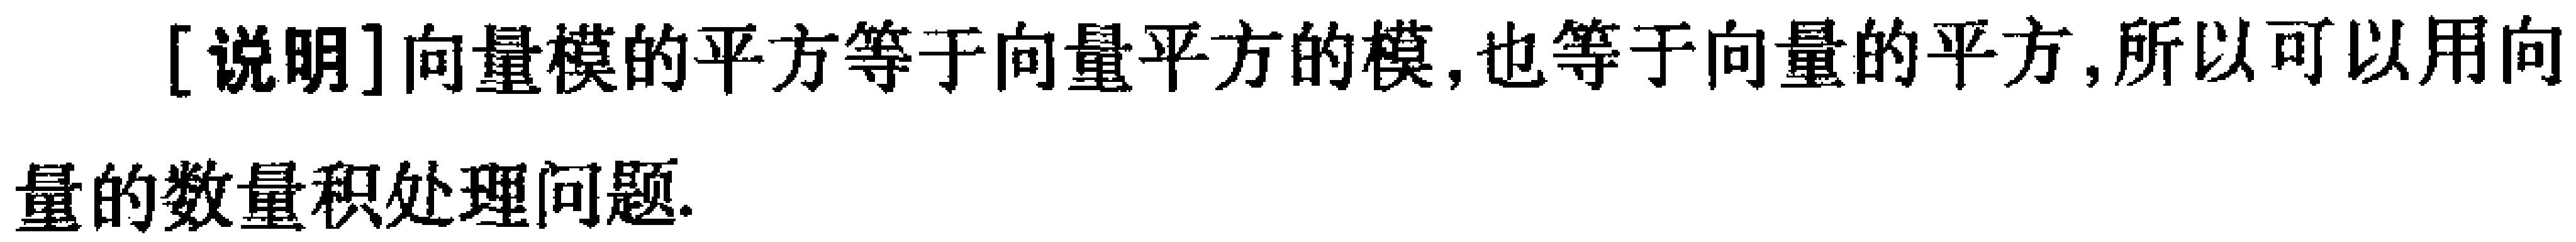
[说明]向量模的平方等于向量平方的模,也等于向量的平方,所以可以用向量的数量积处理问题.